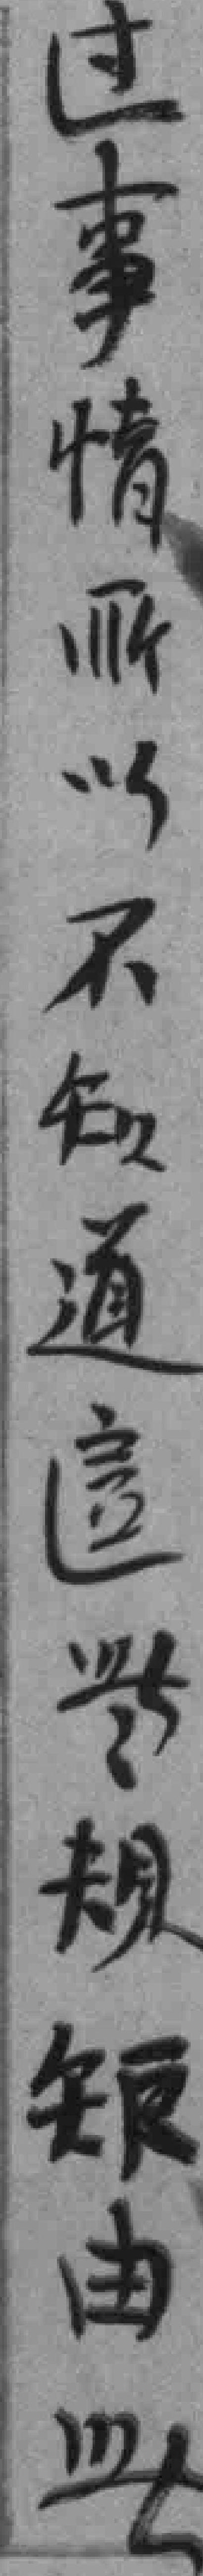
过事情所以不知通這些規矩由此